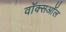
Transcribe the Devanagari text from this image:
वॉक्सऑल